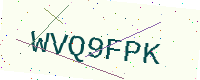
Text: WVQ9FPK